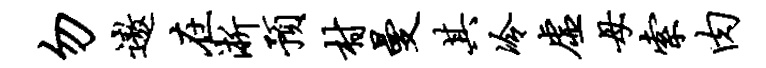
勿遨在淅预村曼其冷虚母索肉